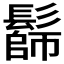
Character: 𩮭